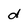
Character: d